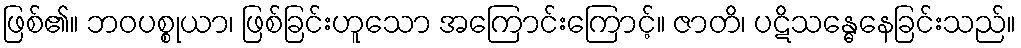
ဖြစ်၏။ ဘဝပစ္စုယာ၊ ဖြစ်ခြင်းဟူသော အကြောင်းကြောင့်။ ဇာတိ၊ ပဋိသန္ဓေနေခြင်းသည်။